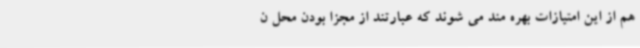
هم از این امتیازات بهره مند می شوند که عبارتند از مجزا بودن محل ن